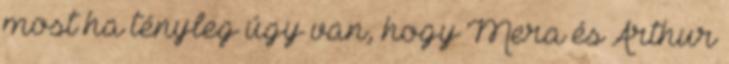
most ha tényleg úgy van, hogy Mera és Arthur